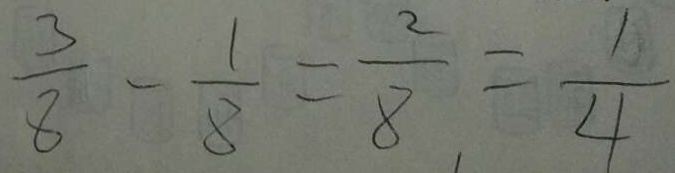
\frac { 3 } { 8 } - \frac { 1 } { 8 } = \frac { 2 } { 8 } = \frac { 1 } { 4 }